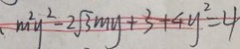
m ^ { 2 } y ^ { 2 } - 2 \sqrt { 3 } m y + 3 + 4 y ^ { 2 } = 4